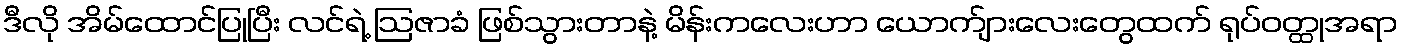
ဒီလို အိမ်ထောင်ပြုပြီး လင်ရဲ့ ဩဇာခံ ဖြစ်သွားတာနဲ့ မိန်းကလေးဟာ ယောက်ျားလေးတွေထက် ရုပ်ဝတ္ထုအရာ